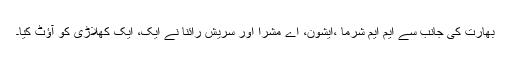
بھارت کی جانب سے ایم ایم شرما ،ایشون، اے مشرا اور سریش رائنا نے ایک، ایک کھلاڑی کو آؤٹ کیا۔